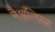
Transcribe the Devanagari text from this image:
नैश्नलिस्ट